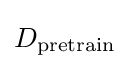
D_{\text{pretrain}}